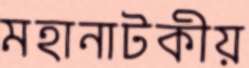
মহানাটকীয়